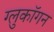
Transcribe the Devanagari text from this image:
ग्लुकॉगन